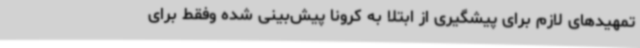
تمهیدهای لازم برای پیشگیری از ابتلا به کرونا پیش‌بینی شده وفقط برای